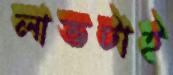
লাভটাই